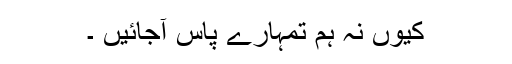
کیوں نہ ہم تمہارے پاس آجائیں ۔